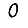
Digit: 0